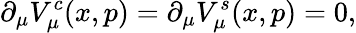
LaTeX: \partial_{\mu}V_{\mu}^{c}(x,p)=\partial_{\mu}V_{\mu}^{s}(x,p)=0,